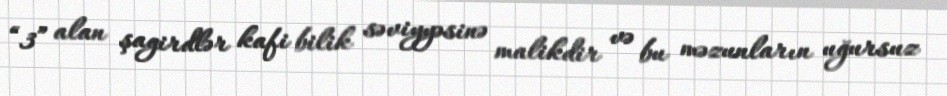
“3” alan şagirdlər kafi bilik səviyyəsinə malikdir və bu məzunların uğursuz